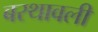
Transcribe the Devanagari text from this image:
बरथावली